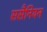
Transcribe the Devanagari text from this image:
ससैनियन